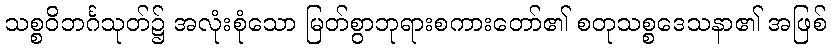
သစ္စဝိဘင်္ဂသုတ်၌ အလုံးစုံသော မြတ်စွာဘုရားစကားတော်၏ စတုသစ္စဒေသနာ၏ အဖြစ်